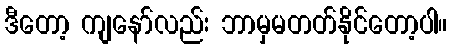
ဒီတော့ ကျနော်လည်း ဘာမှမတတ်နိုင်တော့ပါ။